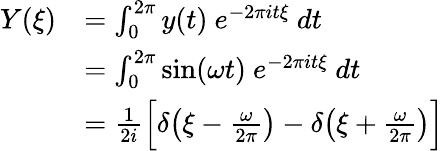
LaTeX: \begin{array}{rl}{Y(\xi)}&{=\int_{0}^{2\pi}y(t)~e^{-2\pi it\xi}~dt}\\ &{=\int_{0}^{2\pi}\sin(\omega t)~e^{-2\pi it\xi}~dt}\\ &{=\frac{1}{2i}\Big[\delta\big(\xi-\frac{\omega}{2\pi}\big)-\delta\big(\xi+\frac{\omega}{2\pi}\big)\Big]}\end{array}